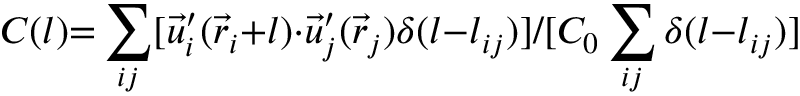
C ( l ) { = } \sum _ { i j } [ \vec { u } _ { i } ^ { \prime } ( \vec { r } _ { i } { + } l ) { \cdot } \vec { u } _ { j } ^ { \prime } ( \vec { r } _ { j } ) \delta ( l { - } l _ { i j } ) ] / [ C _ { 0 } \sum _ { i j } \delta ( l { - } l _ { i j } ) ]